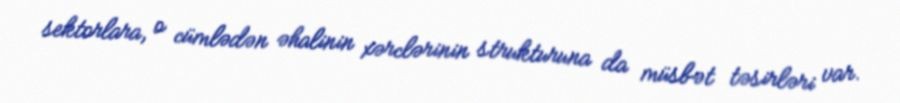
sektorlara, o cümlədən əhalinin xərclərinin strukturuna da müsbət təsirləri var.